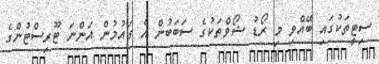
ސިޓީތަކުގައި ބޭއްވި މި ރޯޑު ޝޯވްތަކުގެ ސަބަބުން އެ ގައުމުން އަންނަ ޓޫރިސްޓުންގެ